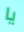
يا